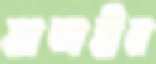
আশাহীন